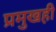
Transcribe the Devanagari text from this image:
प्रमुखही